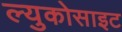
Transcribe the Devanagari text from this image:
ल्युकोसाइट